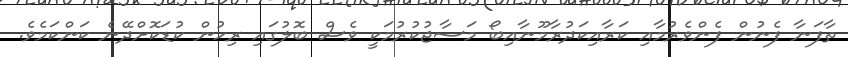
ތާފަނާ ފެނުން ފެންވެރުމާއި ކަރާއިކަދުރާމޫނާއިބޯ މަސާޖުކުރުމަކީ ވެސް ބޮލުގައި ރިހުން ކުޑަކޮށްދޭނެ ކަންކަމެވެ.